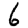
Digit: 6